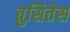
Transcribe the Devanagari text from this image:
तुसितेस